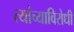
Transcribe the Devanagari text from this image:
त्यांच्याविरोधी